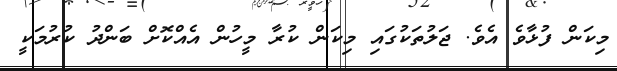
މިކަން ފުޅާވެ އެވެ. ޖަލުތަކުގައި މިކަން ކުރާ މީހުން އެއްކޮށް ބަންދު ކުރުމަކީ